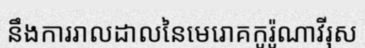
នឹងការរាលដាលនៃមេរោគកូរ៉ូណាវីរុស